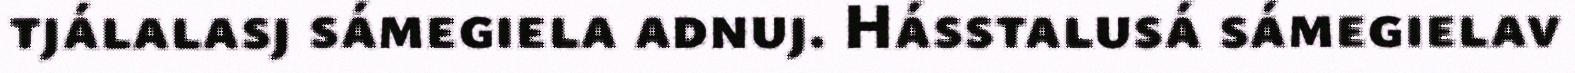
tjálalasj sámegiela adnuj. Hásstalusá sámegielav